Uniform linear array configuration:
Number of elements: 16
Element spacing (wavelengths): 0.25
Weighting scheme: exponential
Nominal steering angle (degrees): -45
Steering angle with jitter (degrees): -45.11
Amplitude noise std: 0.05
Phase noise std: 0.05

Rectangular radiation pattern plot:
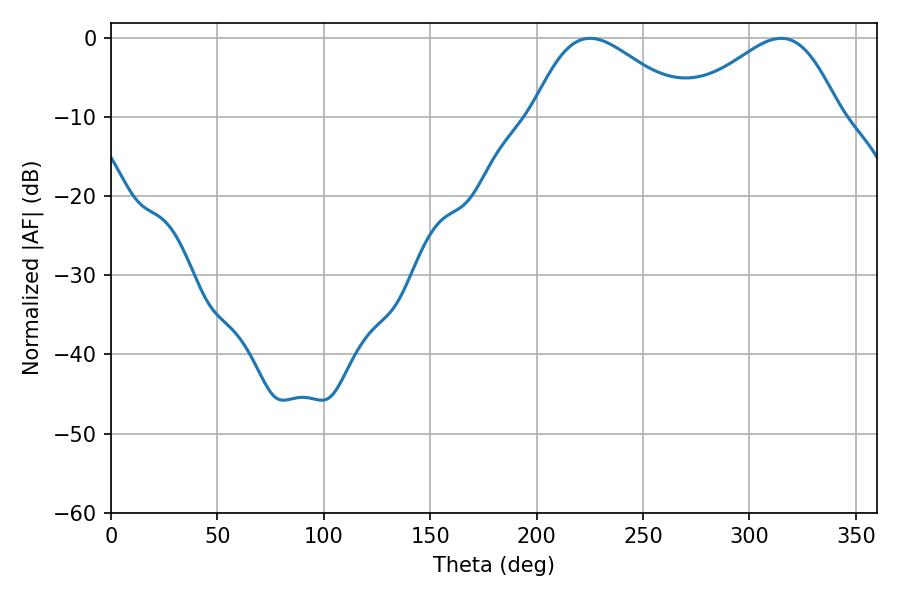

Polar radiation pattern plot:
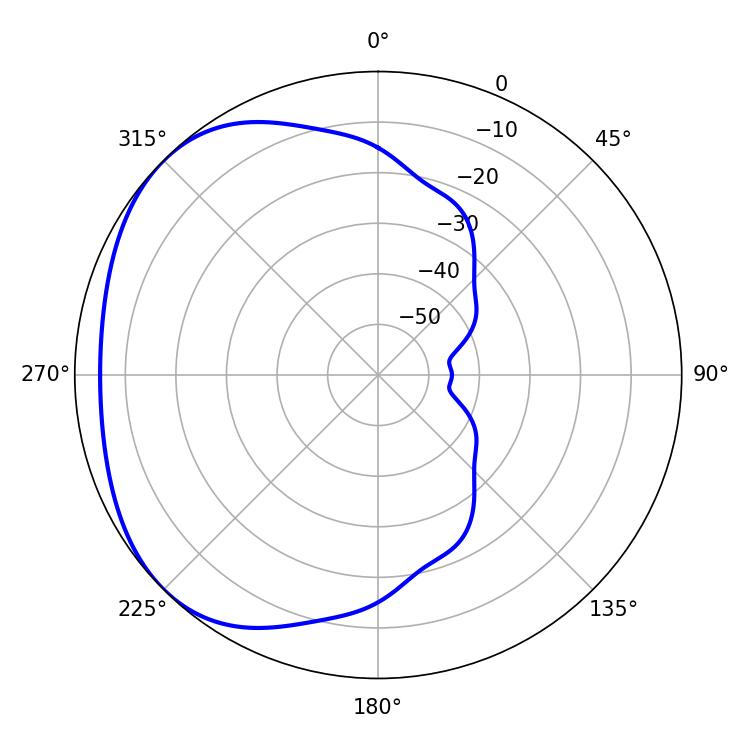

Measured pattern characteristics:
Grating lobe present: FALSE
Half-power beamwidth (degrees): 38.7
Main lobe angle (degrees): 225.18